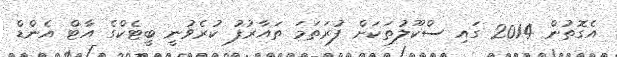
އެގޮތުން 2014 ގައި ސްކޫލުތަކަށް ފުރަތަމަ ތައާރުފު ކުރެވުނީ ބީޓެކްގެ އާޓް އެންޑް